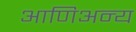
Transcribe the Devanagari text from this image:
आणिअन्य